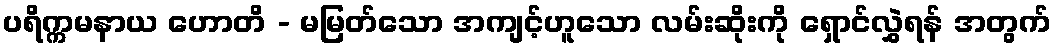
ပရိက္ကမနာယ ဟောတိ - မမြတ်သော အကျင့်ဟူသော လမ်းဆိုးကို ရှောင်လွှဲရန် အတွက်